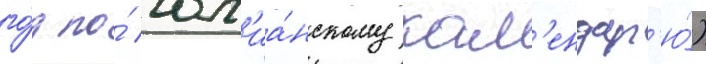
го́д по́ юл'иа́нскому кал'ендар'ю́)